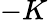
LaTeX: -K